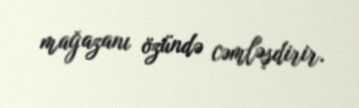
mağazanı özündə cəmləşdirir.